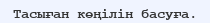
Тасыған көңілін басуға.